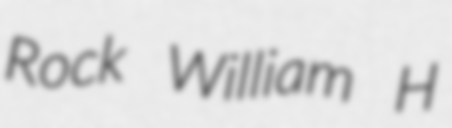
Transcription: Rock William H